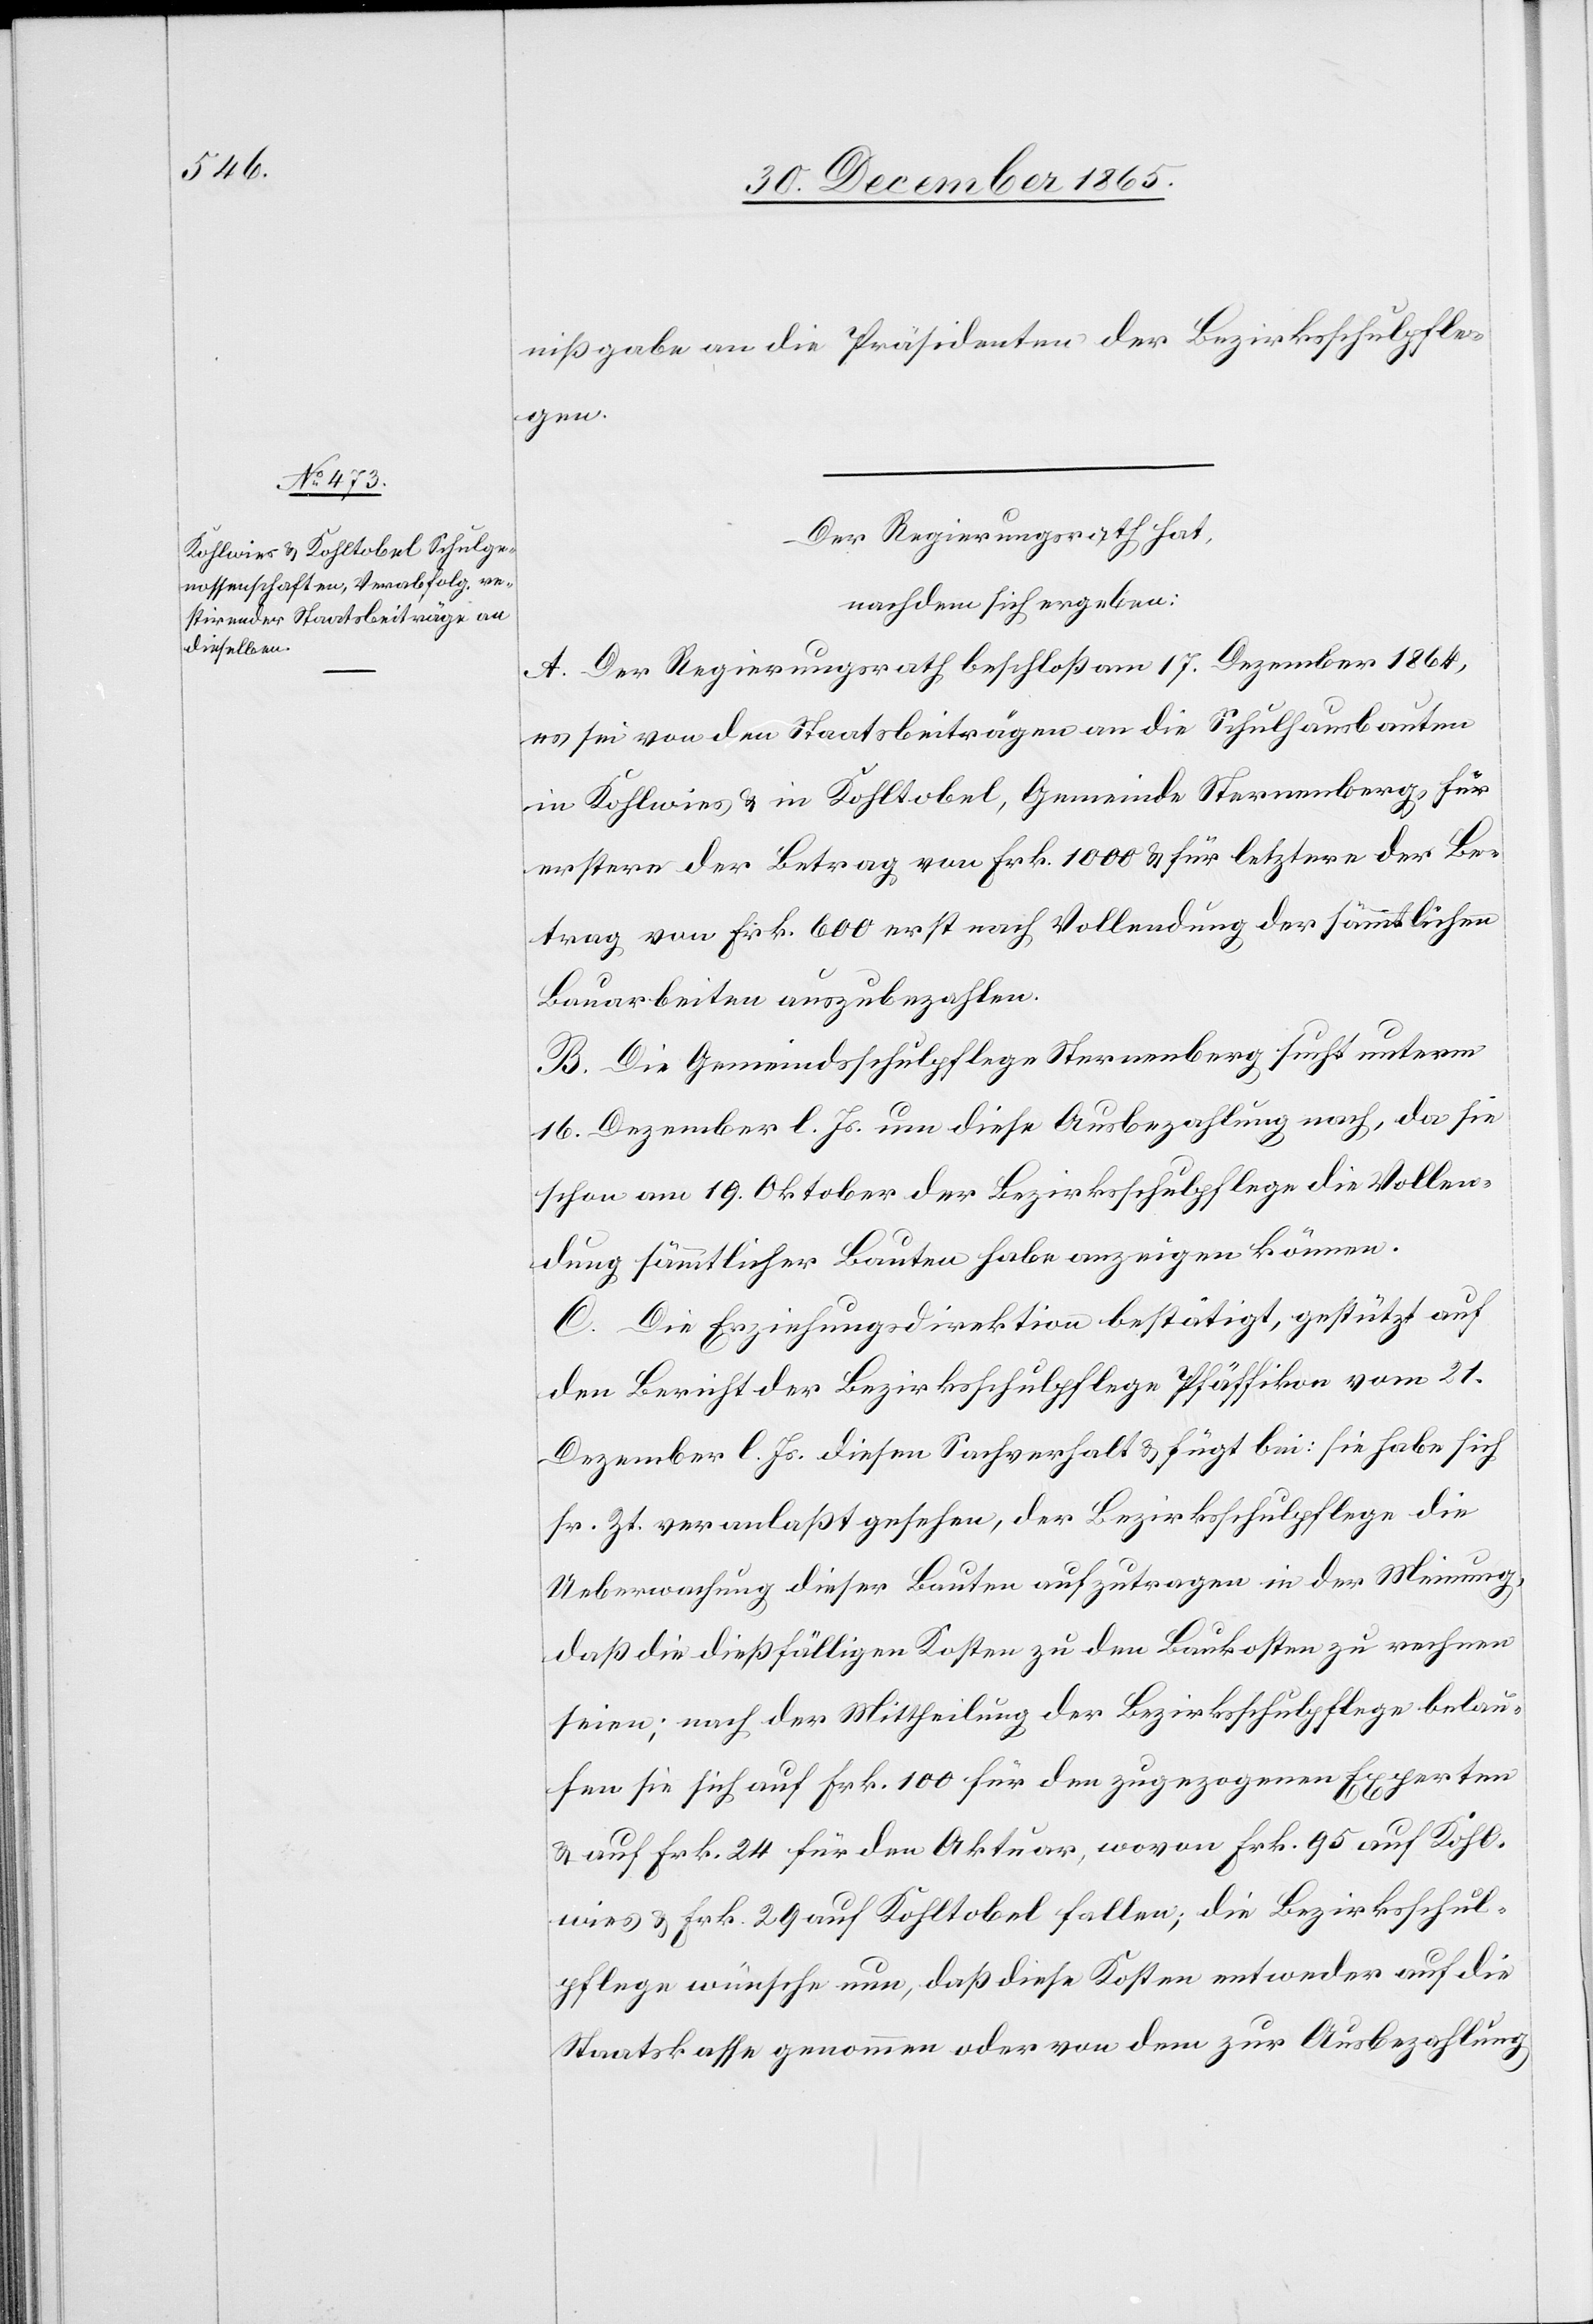
nißgabe an die Präsidenten der Bezirksschulpfle¬
gen.
Der Regierungsrath hat,
nachdem sich ergeben:
A. Der Regierungsrath beschloß am 17. Dezember 1864,
es sei von den Staatsbeiträgen an die Schulhausbauten
in Kohlwies & Kohltobel, Gemeinde Sternenberg, für
erstere der Betrag von Frk. 1000 & für letztere der Be¬
trag von Frk. 600 erst nach Vollendung sämmtlicher
Bauarbeiten auszubezahlen.
B. Die Gemeindsschulpflege Sternenberg sucht unterm
16. Dezember l. Js. um diese Ausbezahlung nach, da sie
schon am 19. Oktober der Bezirksschulpflege die Vollen¬
dung sämmtlicher Bauten habe anzeigen können.
C. Die Erziehungsdirektion bestätigt, gestützt auf
einen Bericht der Bezirksschulpflege Pfäffikon vom 21.
Dezember l. Js. diesen Sachverhalt & fügt bei: sie habe sich
sr. Zt. veranlaßt gesehen, der Bezirksschulpflege die
Ueberwachung dieser Bauten aufzutragen in der Meinung,
daß die dießfälligen Kosten zu den Baukosten zu rechnen
seien; nach der Mittheilung der Bezirksschulpflege belau¬
fen sie sich auf Frk. 100 für den zugezogenen Experten
& auf Frk. 24 für den Aktuar, wovon Frk. 95 auf Kohl¬
wies & Frk. 29 auf Kohltobel fallen; die Bezirksschul¬
pflege wünsche nun, daß diese Kosten entweder auf die
Staatskassa genommen werden oder von dem zu Ausbezahlung